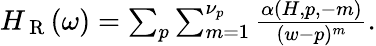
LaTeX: \begin{array}{r}{H_{\mathrm{~R~}}(\omega)=\sum_{p}\sum_{m=1}^{\nu_{p}}\frac{\alpha(H,p,-m)}{(w-p)^{m}}.}\end{array}